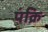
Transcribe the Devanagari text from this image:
पंक्रि